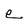
Character: e